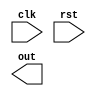
module example_module (
   input wire clk,
   input wire rst,
   output reg out
);

   always @ (negedge rst) begin
      // Reset or initialization logic here
   end

endmodule